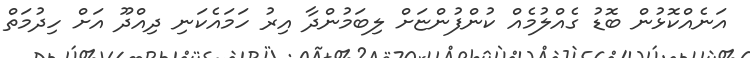
އަނެއްކޮޅުން ބޮޑު ގެއްލުމެއް ކުންފުންޏަށް ލިބަމުންދާ އިރު ހަމައެކަނި ދިއްދޫ އަށް ހިދުމަތް